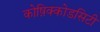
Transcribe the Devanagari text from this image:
कोष़िक्कोडसिटी